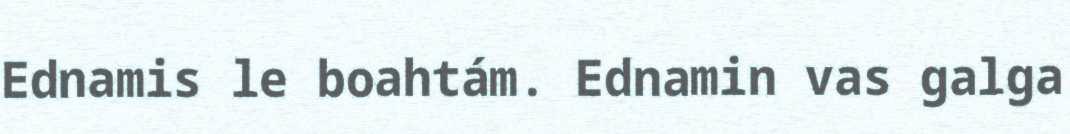
Ednamis le boahtám. Ednamin vas galga